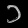
Digit: ၁